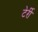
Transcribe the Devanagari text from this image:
टेर्री